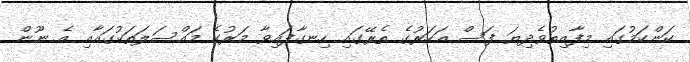
ކަންކަމުގައި މިފާއިތުވެދިޔަ ފަސް އަހަރުގެ ތެރޭގައި ހިނގާފައިވާ މަރުގެ މައްސަލަތަކުގައާއި އެ ނޫން